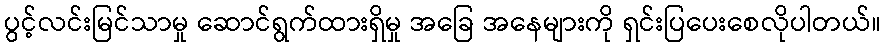
ပွင့်လင်းမြင်သာမှု ဆောင်ရွက်ထားရှိမှု အခြေ အနေများကို ရှင်းပြပေးစေလိုပါတယ်။